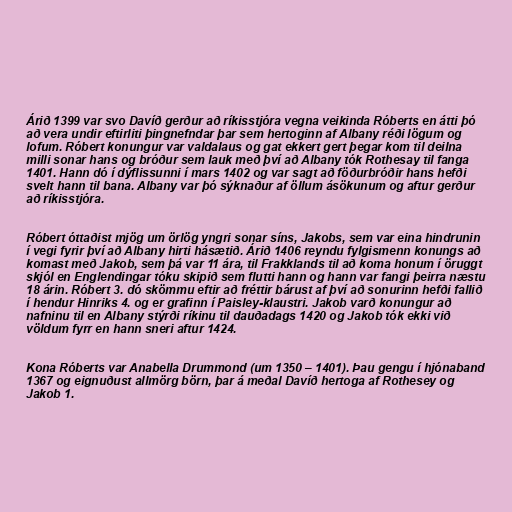
Árið 1399 var svo Davíð gerður að ríkisstjóra vegna veikinda Róberts en átti þó
að vera undir eftirliti þingnefndar þar sem hertoginn af Albany réði lögum og
lofum. Róbert konungur var valdalaus og gat ekkert gert þegar kom til deilna
milli sonar hans og bróður sem lauk með því að Albany tók Rothesay til fanga
1401. Hann dó í dýflissunni í mars 1402 og var sagt að föðurbróðir hans hefði
svelt hann til bana. Albany var þó sýknaður af öllum ásökunum og aftur gerður
að ríkisstjóra.

Róbert óttaðist mjög um örlög yngri sonar síns, Jakobs, sem var eina hindrunin
í vegi fyrir því að Albany hirti hásætið. Árið 1406 reyndu fylgismenn konungs að
komast með Jakob, sem þá var 11 ára, til Frakklands til að koma honum í öruggt
skjól en Englendingar tóku skipið sem flutti hann og hann var fangi þeirra næstu
18 árin. Róbert 3. dó skömmu eftir að fréttir bárust af því að sonurinn hefði fallið
í hendur Hinriks 4. og er grafinn í Paisley-klaustri. Jakob varð konungur að
nafninu til en Albany stýrði ríkinu til dauðadags 1420 og Jakob tók ekki við
völdum fyrr en hann sneri aftur 1424.

Kona Róberts var Anabella Drummond (um 1350 – 1401). Þau gengu í hjónaband
1367 og eignuðust allmörg börn, þar á meðal Davíð hertoga af Rothesey og
Jakob 1.